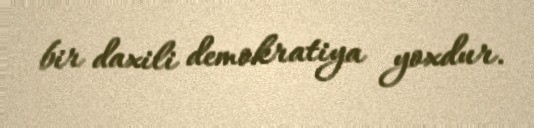
bir daxili demokratiya yoxdur.